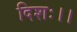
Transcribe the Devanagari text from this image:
दिशः।।